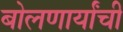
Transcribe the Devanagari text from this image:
बोलणार्यांची